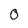
Character: O